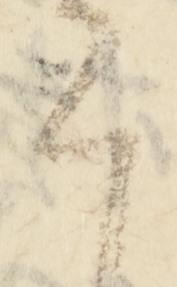
言